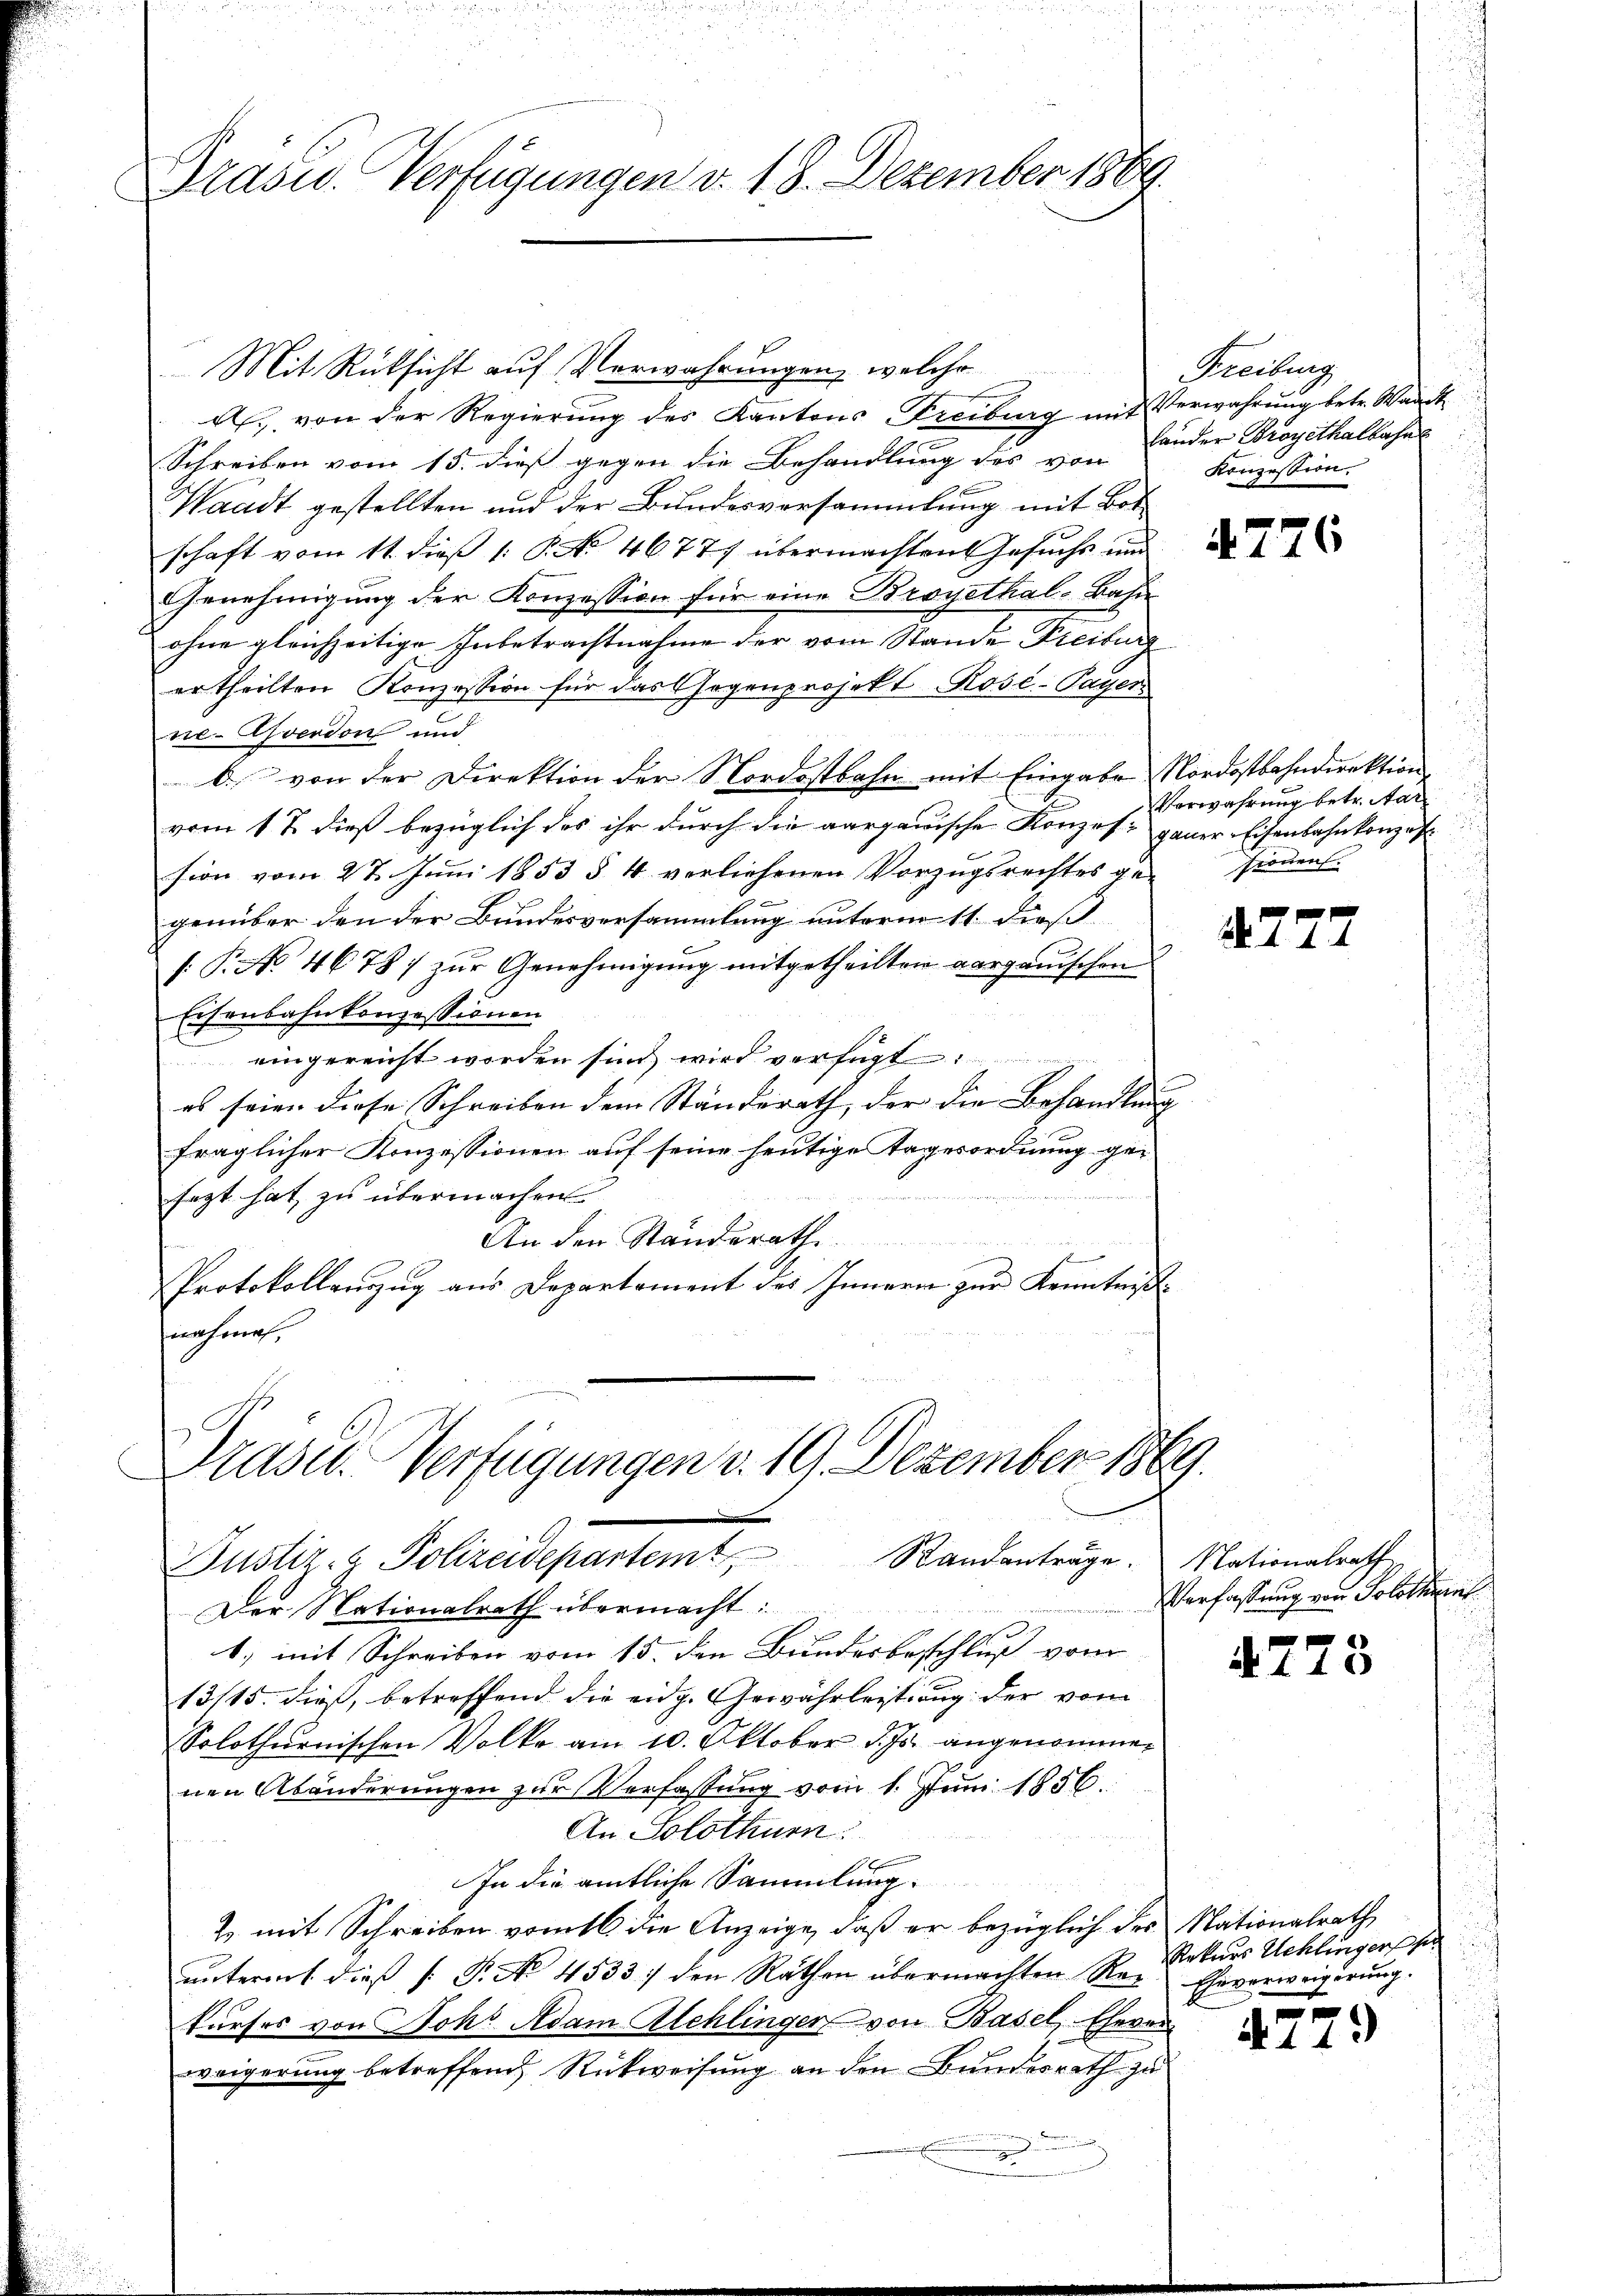
Grasw. Verfügungen v. 18. Dezember 1889.

Praser-Verfügungen v. 19. Dezember 1869.
Justiz- & Polizeidepartemt, Standanträge. Nationalrath

Mit Rüksicht auf Verwahrungen, welche
d. von der Regierung des Kantons Freiburg mit Verwahrung betr. Waadt
Schreiben vom 15. dieß gegen die Behandlung des von
Waadt gestellten und der Bundesversammlung mit Bot
schaft vom 11. dieß 1: P. No 46777 übermachten Gesuchs und
Genehmigung der Konzession für eine Broyethal-Bahn
ohne gleichzeitige Inbetrachtnahme der vom Stande Freiburg
ertheilten Konzession für das Gegenprojekt Rose-Payer
2. Zu Statte zu Biederheit den 19. Fenstgese
ne-Gverdon und
b. von der Direktion der Nordostbahn mit Eingabe Nordostbahndirektion
vom 1 t dieß bezüglich das ihr durch die aargauische Konzes gener Eisenbahnkonzes
sion vom 27. Juni 1853 § 4 verliehenen Vorzugsrechtes ge- Pronens
genüber den der Bundesversammlung unterm 11. dieß
(.P. No. 46787 zur Genehmigung mitgetheilten aargauischen
Eisenbahnkonzessionen
eingereicht worden sind wird verfügt
es seien diese Schreiben dem Ständerath der die Behandlung |
fraglicher Konzessionen auf seine heutige Tagesordnung gesezt hat, zu übermachen
An den Standerath
Protokollauszug aus Departament des Innern zur Kenntniß
nachmal,

Freiburg
Länder Broyethalbahns
Konzession.

Der Nationalrath übermacht:
1. mit Schreiben vom 15. den Bundesbeschluß vom
13/15. dieß, betreffend die eidg. Gewährleitung der vom
Solothurnischen Volke am 10. Oktober d. Js. angenommen
nen Abänderungen zur Verfassung vom 1. Juni 1856.
An Solothur:
In die amtliche Sammlung.
Z. mit Schreiben vom 16 die Anzeige, daß er bezüglich des Nationalrath
unterm 1. dieß [ P. No 4533 :/ den Räthen übermachten Re- Eheverweigerung.
kurses von Joh: Adam Alchlinger von Basel, Eheren
weigerung betreffend Rückweisung an den Bundesrath zu
e

4776

Verwahrung betr. Aar

4777

Verfassung von Solothurnt

4778

Rekurs Schlingers

4279